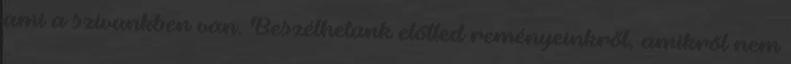
ami a szívünkben van. Beszélhetünk előtted reményeinkről, amikről nem